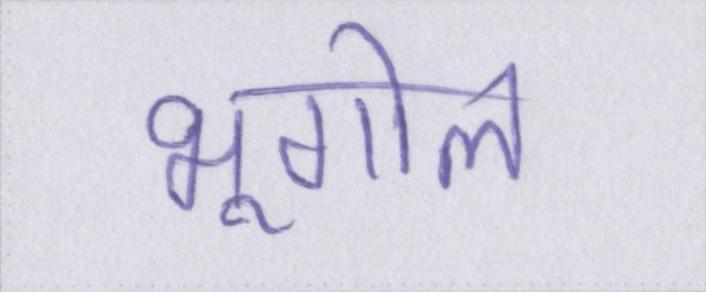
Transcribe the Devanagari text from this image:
भूगोल